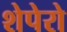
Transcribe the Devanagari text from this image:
शेपेरो